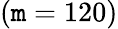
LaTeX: (\mathtt{m}=120)